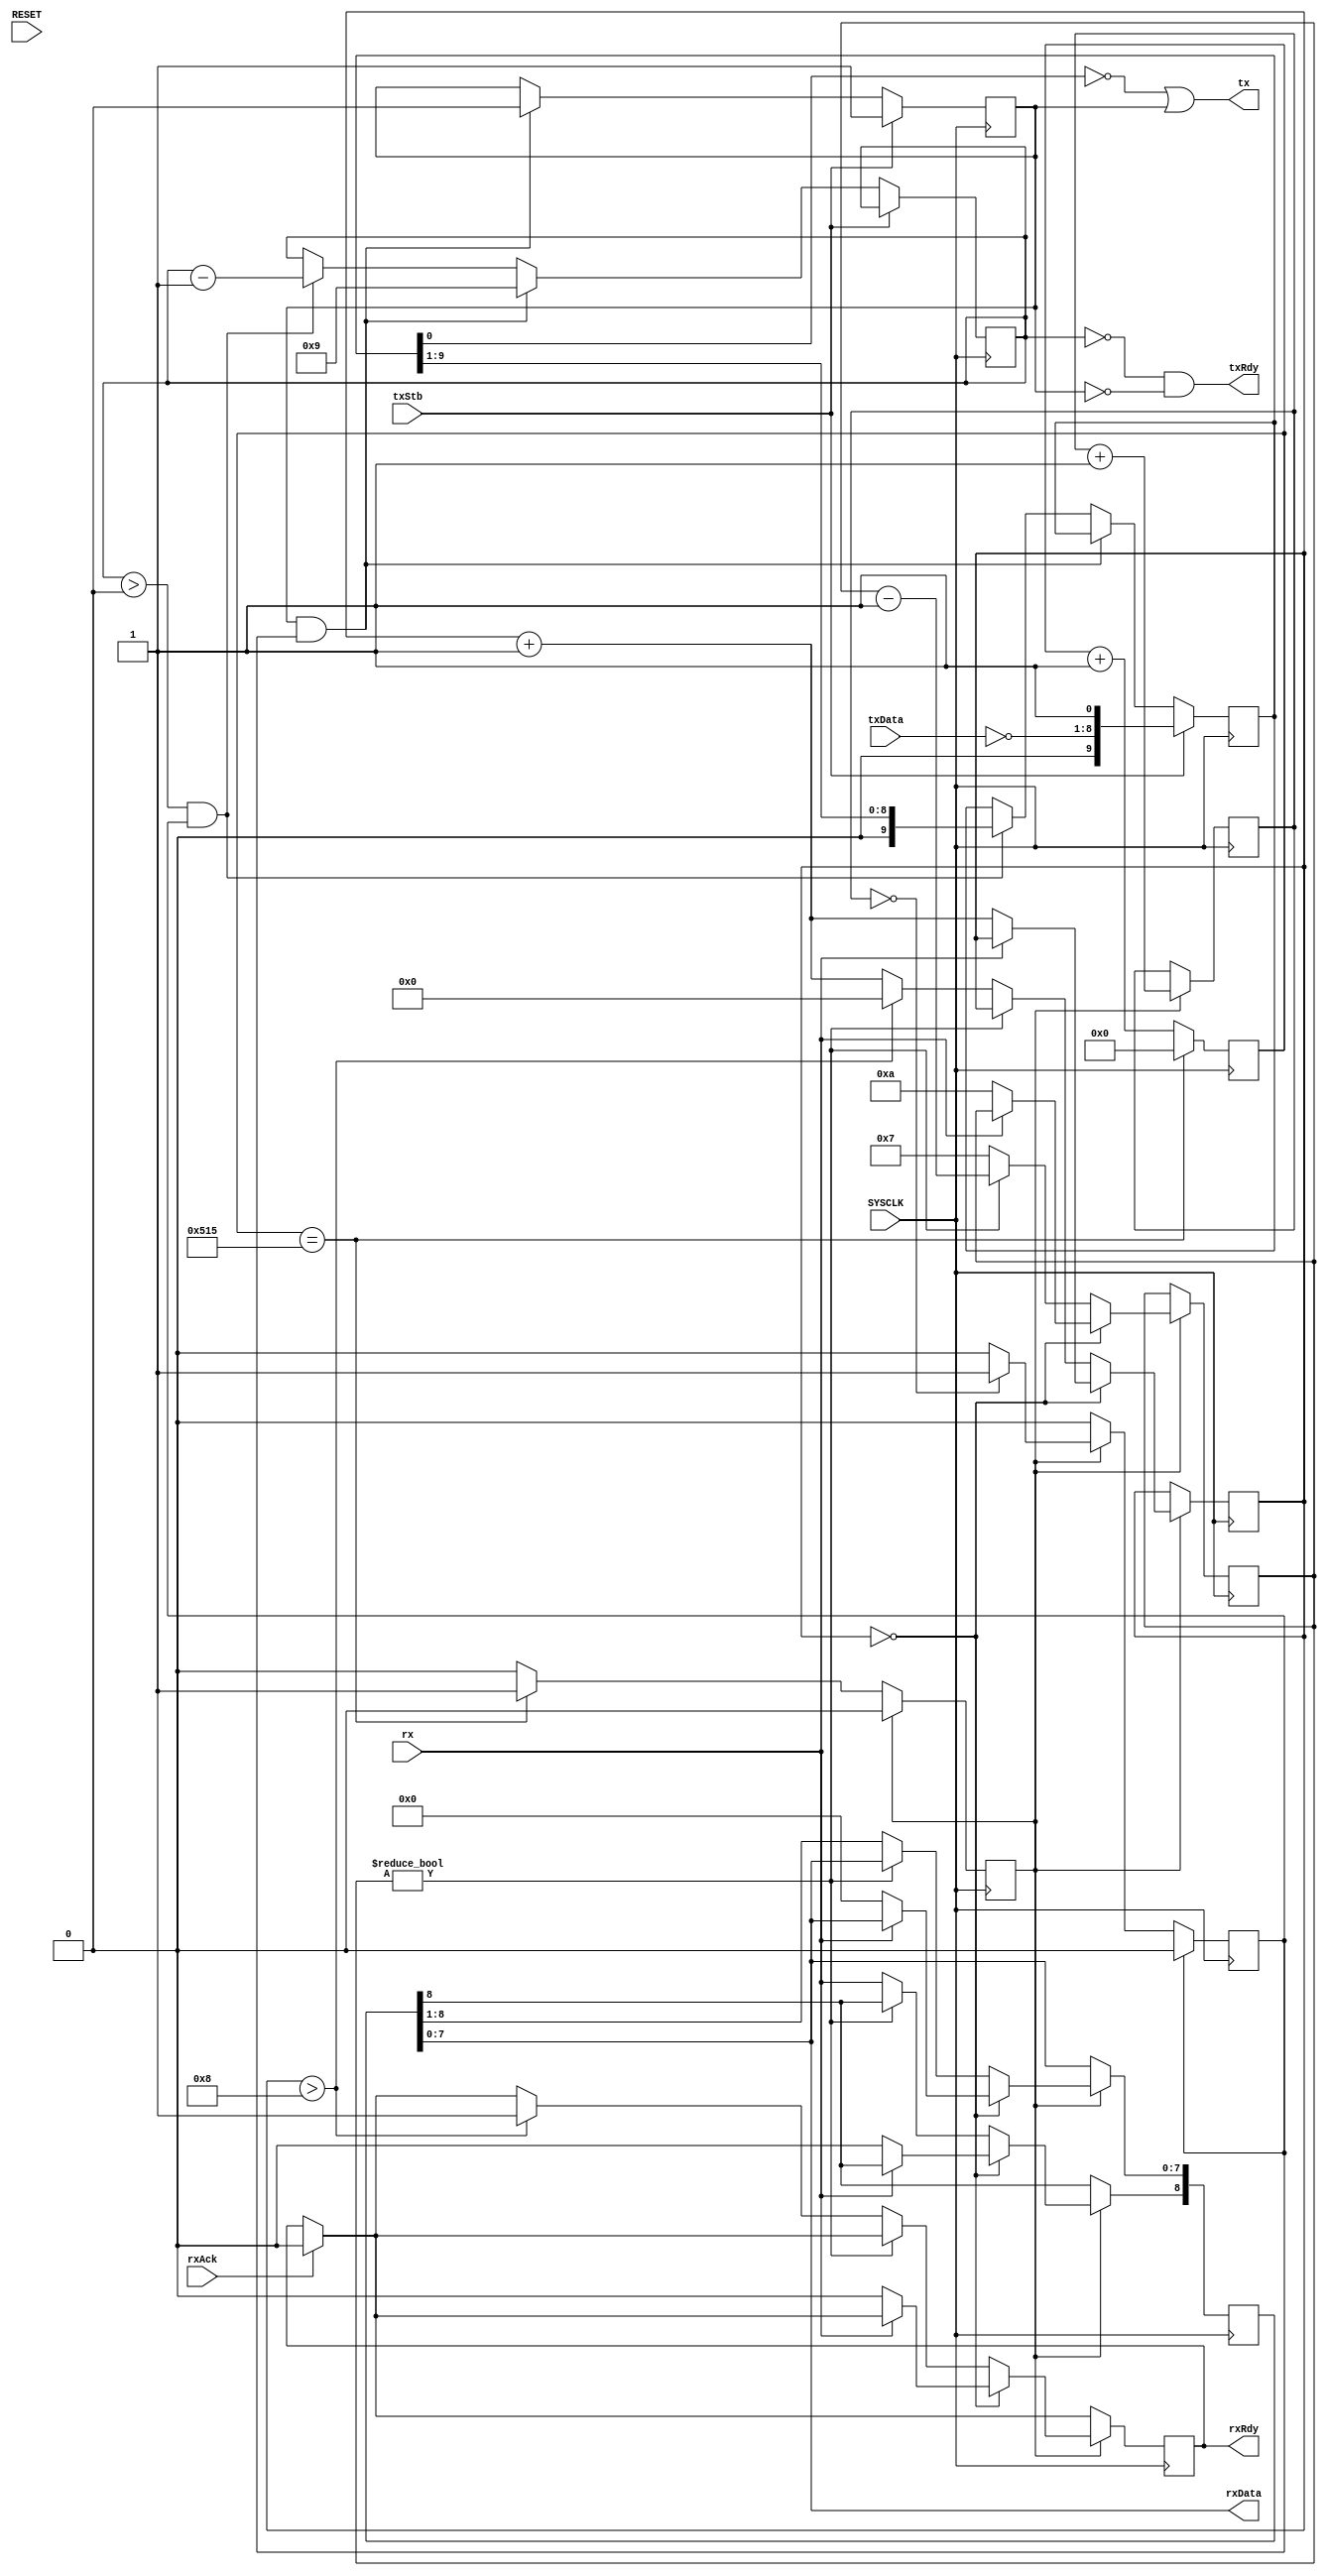
//
// uart.v - for the PDP-8 in Verilog project
//
// github.com/SmallRoomLabs/PDP8-Verilog
// Mats Engstrom - mats.engstrom@gmail.com
//
`default_nettype none

module uart (
  input SYSCLK,
  input RESET,
  input [7:0] txData, // data to be transmitted serially onto tx
  input txStb,        // positive going strobe for the txData - 1 SYSCLK
  output tx,          // serial output stream in 8N1 format with high idle
  output txRdy,       // high when the uart is ready to accept new data
  input rx,
  output [7:0] rxData,
  input rxAck,
  output rxRdy
);

//
// ....----------+       +     +     +     +     +     +     +     +     +      +----------....
//          idle | start | lsb | bit | bit | bit | bit | bit | bit | msb | stop | idle
//               +-------+     +     +     +     +     +     +     +     +------+
//

parameter XTAL              = 100_000_000;
// parameter BAUD           = 6_250_000;  // 60
// parameter BAUD           = 3686400;    // 62
// parameter BAUD           = 1843200;    // 65
// parameter BAUD           = 921600;     // 66
// parameter BAUD           = 460800;     // 68
// parameter BAUD           = 230400;     // 69
// parameter BAUD           = 115200;     // 70
// parameter BAUD           = 76800;      // 72
// parameter BAUD           = 19200;      // 74
parameter BAUD           = 9600;       // 76
// parameter BAUD           = 4800;       // 77
// parameter BAUD           = 2400;       // 78
// parameter BAUD           = 1200;       // 80
// parameter BAUD           = 600;        // 81
// parameter BAUD           = 300;        // 82
// parameter BAUD           = 150;        // 84
// parameter BAUD           = 110;        // 84
// parameter BAUD           = 75;         // 85
parameter BAUDDIVIDER8X     = XTAL/(BAUD*8);
parameter BAUDDIVIDER_WIDTH = $clog2(BAUDDIVIDER8X);

//
//        BAUDRATE DIVIDER       
//

// Divide the SYSCLK down to the 8x baud rate as well as the real baudrate.
// The 8x baud is used to time the midpoint of the samples in the RX handling.

reg [BAUDDIVIDER_WIDTH-1:0] baud8x=0; 
reg baudTick8x=0;
reg [2:0] baudCnt=0;  // Counter to divide the 8xbaud clock to the real baudrate
reg baudTick=0;       // Strobes at baudrate speed - 1 SYSCLK

always @(posedge SYSCLK) begin
  if (RESET) begin
  end
end

always @(posedge SYSCLK) begin
  baud8x <= baud8x + 1;
  if ({32'b0,baud8x}==BAUDDIVIDER8X-1) begin 
    baud8x <= 0;
    baudTick8x <= 1;
  end 
  if (baudTick8x) begin 
    baudTick8x <= 0;
    baudCnt<=baudCnt+1;
    if (baudCnt==0) baudTick<=1;
  end
  if (baudTick) baudTick <= 0;
end

//
//        UART RECEIVE       
//

//
//
//

reg [3:0] rxCnt=0;
reg [8:0] rxBuf=0;
reg [3:0] nextMiddle=0;
reg rxReady=0;
reg ping=0;

always @(posedge SYSCLK) begin
  if (rxAck) rxReady<=0;
  if (baudTick8x) begin
    if (rxCnt==0) begin
      if (~rx) begin
        // Detected the startbit
        nextMiddle <= 10;
        rxCnt <= rxCnt + 1;
        rxBuf <= 0;
        ping<=1;
        rxReady <= 0;
      end
    end else if (nextMiddle!=0) begin
      nextMiddle <= nextMiddle-1;
    end else begin
      ping<=1;
      rxBuf <= rxBuf >> 1;
      rxBuf[8] <= rx;
      rxCnt <= rxCnt+1;
      nextMiddle <= 7;
      if (rxCnt>8) begin
        rxCnt <= 0;
        rxReady <= 1;
      end

    end
  end
  if (ping) ping<=0;
end

assign rxData = rxBuf[7:0];
assign rxRdy = rxReady;

//
//        UART TRANSMIT       
//

//
//
//

reg [9:0] txBuf=0;    // The byte being transmitted plus Start and Stop bits
reg [3:0] txCnt=0;    // Counter for the bits of the byte while transmitting
reg txTriggered=0;    // Set high at txStb and low when the transmission starts
                      // at the next baudTick
always @(posedge SYSCLK) begin

  // If upstream wants to send something, store the data and set the triggered 
  // flag to start waiting for the next baudTick
  if (txStb) begin
    txBuf <= {1'b0, ~txData, 1'b1};
    txTriggered <= 1;

  // Check if it's time to start sending the pending data
  end else if (txTriggered & baudTick) begin
    txTriggered <= 0;
    txCnt <= 9;

  // As long as not all bits are sent - output the next bit
  end else if (txCnt>0 & baudTick) begin
    txBuf <= txBuf >> 1;
    txCnt <= txCnt - 1;
  end
end

//
// The TX output stream needs to be inverted since it's stored invered to have the
// remaining (after all bits are sent) zero-value in the register to be outputted as 'one'
// representing the idle state. 
//
// The oring of the txTrigger keeps the TX as idle until the actual sending starts at the
// next baudTick.
//
assign tx=~txBuf[0] | txTriggered;

//
// The ready signal is set already in the stop bit so it can be possible to send data
// back-to-back.  Even is the controller strobes in new data in the middle of the stopbit
// the new transmission will not start unti the next baudTick.
//
// By anding the txTrigger the ready bit will be deactivated as soon as the txStb arrives
//
assign txRdy=(txCnt==0) & ~txTriggered;

endmodule